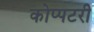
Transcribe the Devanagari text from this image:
कोप्पटरी